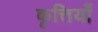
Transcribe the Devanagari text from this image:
कृत्तियाँ